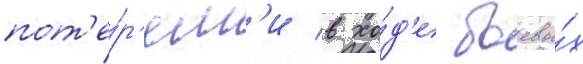
пот'е́р'ям'и в хо́д'е боевы́х